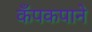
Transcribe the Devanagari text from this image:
कँपकपाने